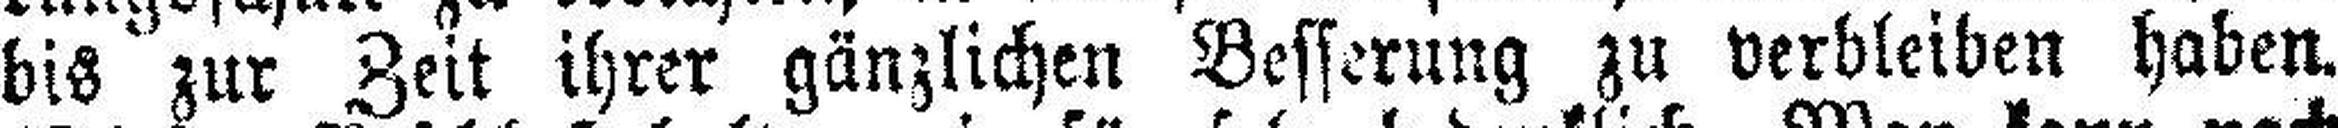
bis zur Zeit ihrer gänzlichen Besserung zu verbleiben haben.